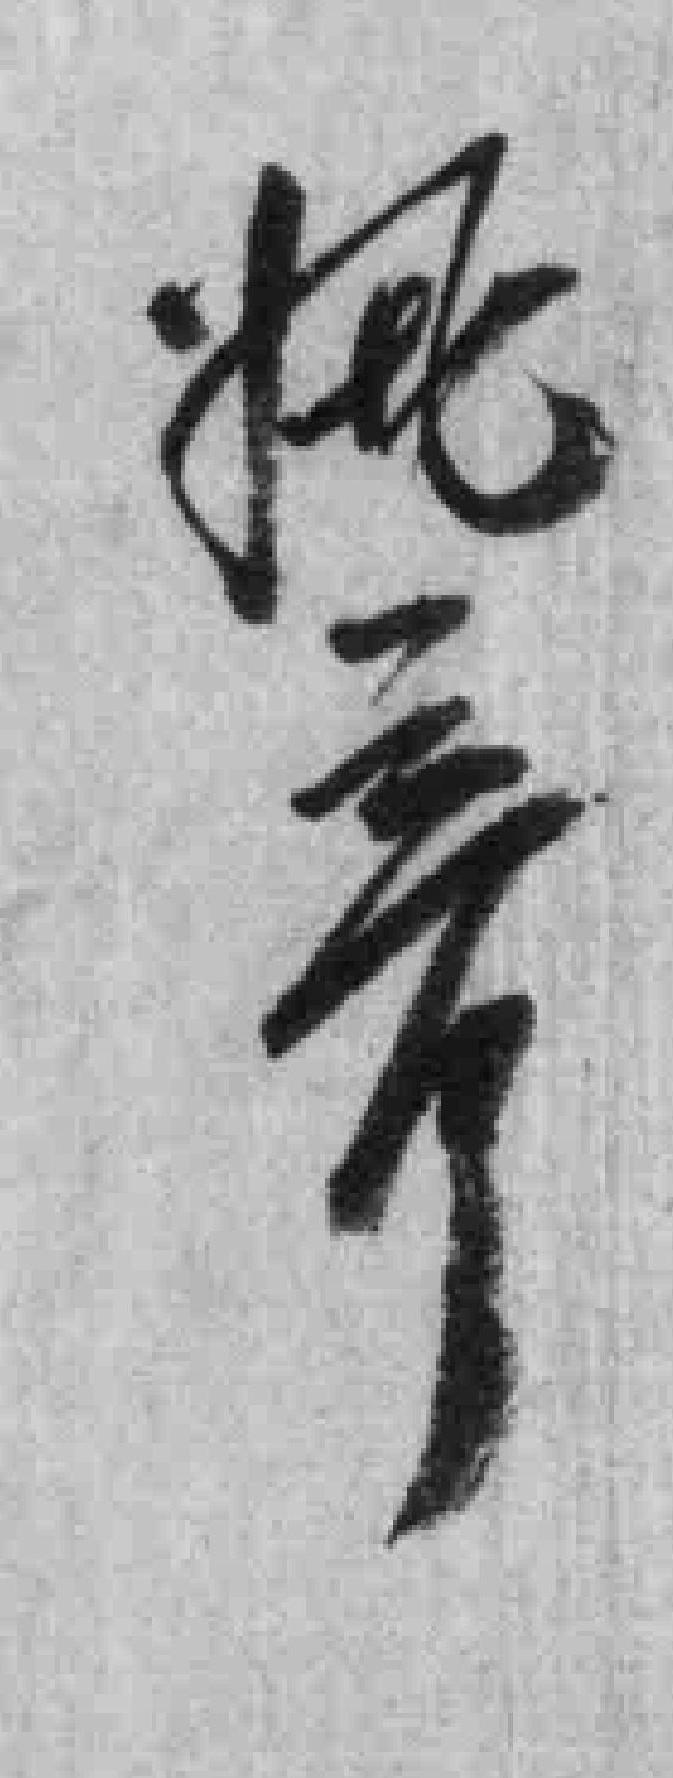
姚彦